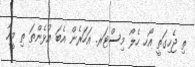
ތި ޖެހިގަތީ އޯހ ހެލޯ މިސްޓަރ. އަހަރެން އެބަ އުޅެންތަ ތި މީހާ